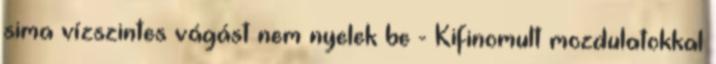
sima vízszintes vágást nem nyelek be - Kifinomult mozdulatokkal